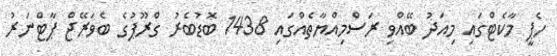
ހެޕީ މާކެޓްގައި މިއަދު ބޭއްވި ރަސްމިއްޔާތެއްގައި 1438 ބޮޑުބެރު ގްރޫޕުގެ ބެވަރޭޖް ޕާޓްނަރު